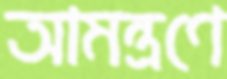
আমন্ত্রণে